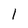
Character: l